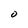
Character: O